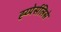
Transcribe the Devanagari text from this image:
ह्य्पेर्सलिसे